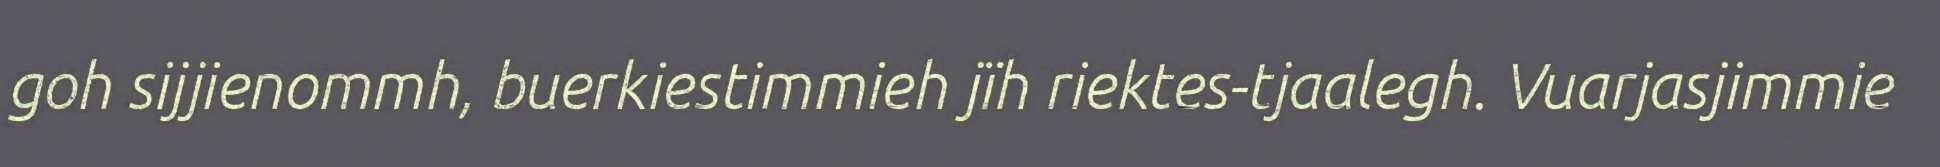
goh sijjienommh, buerkiestimmieh jïh riektes-tjaalegh. Vuarjasjimmie